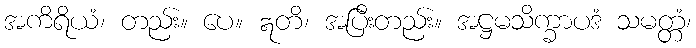
အကိရိယံ၊ တည်း။ ပေ။ ဣတိ၊ အပြီးတည်း။ အဋ္ဌမသိက္ခာပဒံ သမတ္တံ၊